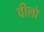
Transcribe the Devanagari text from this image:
वीलो